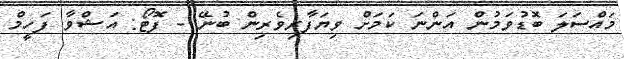
މައްސަލަ ބޮޑުވަމުން އަންނަ ކަމަށް ވިޔަފާރިވެރިން ބުނޭ - ފޮޓޯ: އަޝްވާ ފަހީމް